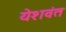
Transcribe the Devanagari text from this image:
येशवंत